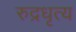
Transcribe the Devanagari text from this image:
रुद्रधृत्य